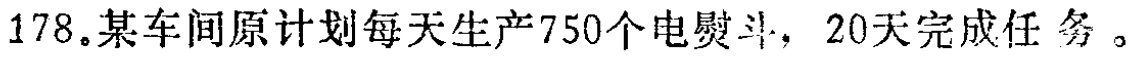
178.某车间原计划每天生产750个电熨斗，20天完成任务。